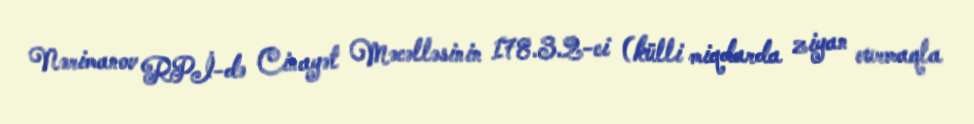
Nərimanov RPİ-də Cinayət Məcəlləsinin 178.3.2-ci (külli miqdarda ziyan vurmaqla